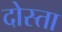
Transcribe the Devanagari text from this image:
दोस्ता